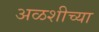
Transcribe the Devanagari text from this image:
अळशीच्या